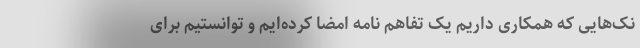
نک‌هایی که همکاری داریم یک تفاهم نامه امضا کرده‌ایم و توانستیم برای